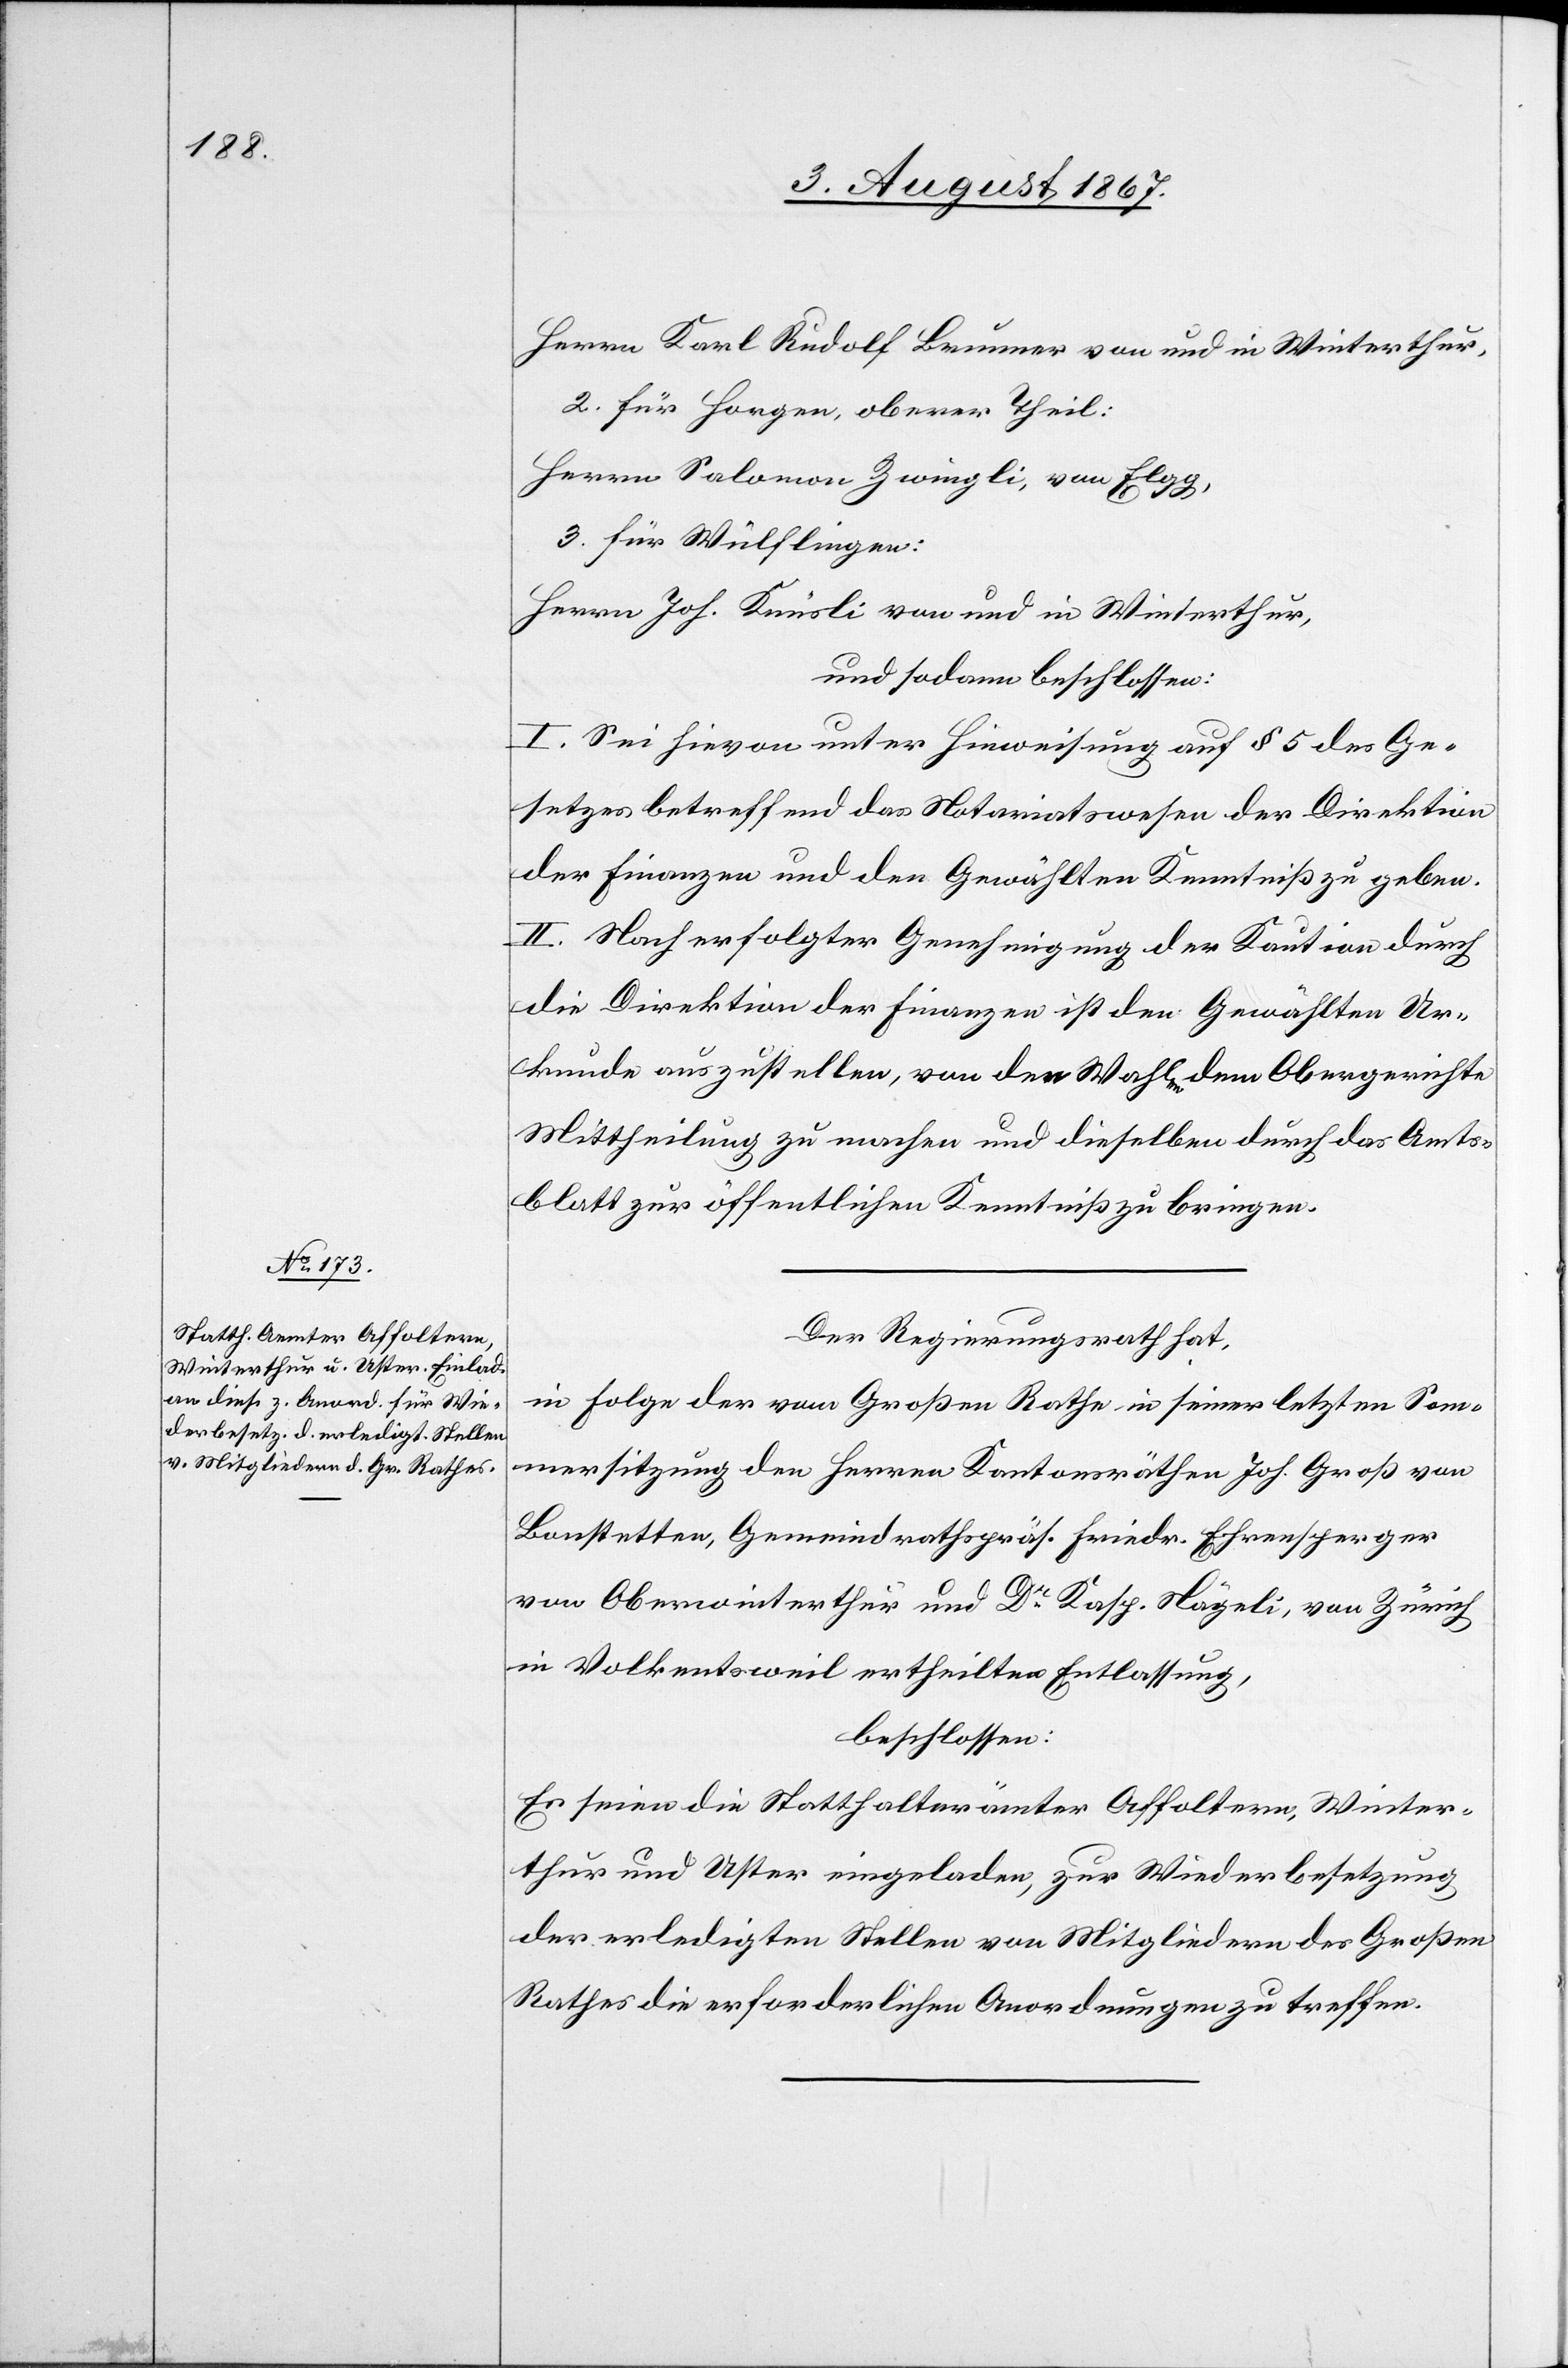
Herrn Karl Rudolf Brunner von und in Winterthur,
2. für Horgen, oberer Theil:
Herrn Salomon Zwingli, von Elgg,
3. für Wülflingen:
Herrn Jos. Knüsli von und in Winterthur,
und sodann beschlossen:
I. Sei hievon unter Hinweisung auf § 5 des Ge¬
setzes betreffend das Notariatswesen der Direktion
der Finanzen und den Gewählten Kenntniß zu geben.
II. Nach erfolgter Genehmigung der Kaution durch
die Direktion der Finanzen ist den Gewählten Ur¬
kunde auszustellen, von den Wahlen dem Obergerichte
Mittheilung zu machen und dieselben durch das Amts¬
blatt zur öffentlichen Kenntniß zu bringen.
Der Regierungsrath hat,
in Folge der vom Großen Rathe in seiner letzten Som¬
mersitzung den Herren Kantonsräthen Jos. Groß von
Bonstetten, Gemeindrathspräs. Friedr. Ehrensperger
von Oberwinterthur und Dr. Kasp. Nägeli, von Zürich
in Volkentsweil ertheilten Entlassung,
beschlossen:
Es seien die Statthalterämter Affoltern, Winter¬
thur und Uster eingeladen, zur Wiederbesetzung
der erledigten Stellen von Mitgliedern des Großen
Rathes die erforderlichen Anordnungen zu treffen.